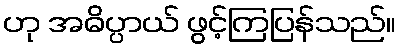
ဟု အဓိပ္ပာယ် ဖွင့်ကြပြန်သည်။